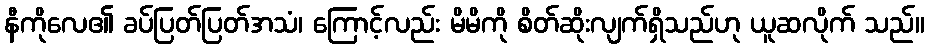
နီကိုလေ၏ ခပ်ပြတ်ပြတ်အသံ၊ ကြောင့်လည်း မိမိကို စိတ်ဆိုးလျက်ရှိသည်ဟု ယူဆလိုက် သည်။